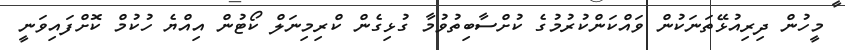
މީހުން ދިރިއުޅޭތަނަކުން ވައްކަންކުރުމުގެ ކުށްސާބިތުވުމާ ގުޅިގެން ކްރިމިނަލް ކޯޓުން އިއްޔެ ހުކުމް ކޮށްފައިވަނީ